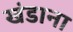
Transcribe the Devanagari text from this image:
खंडाना